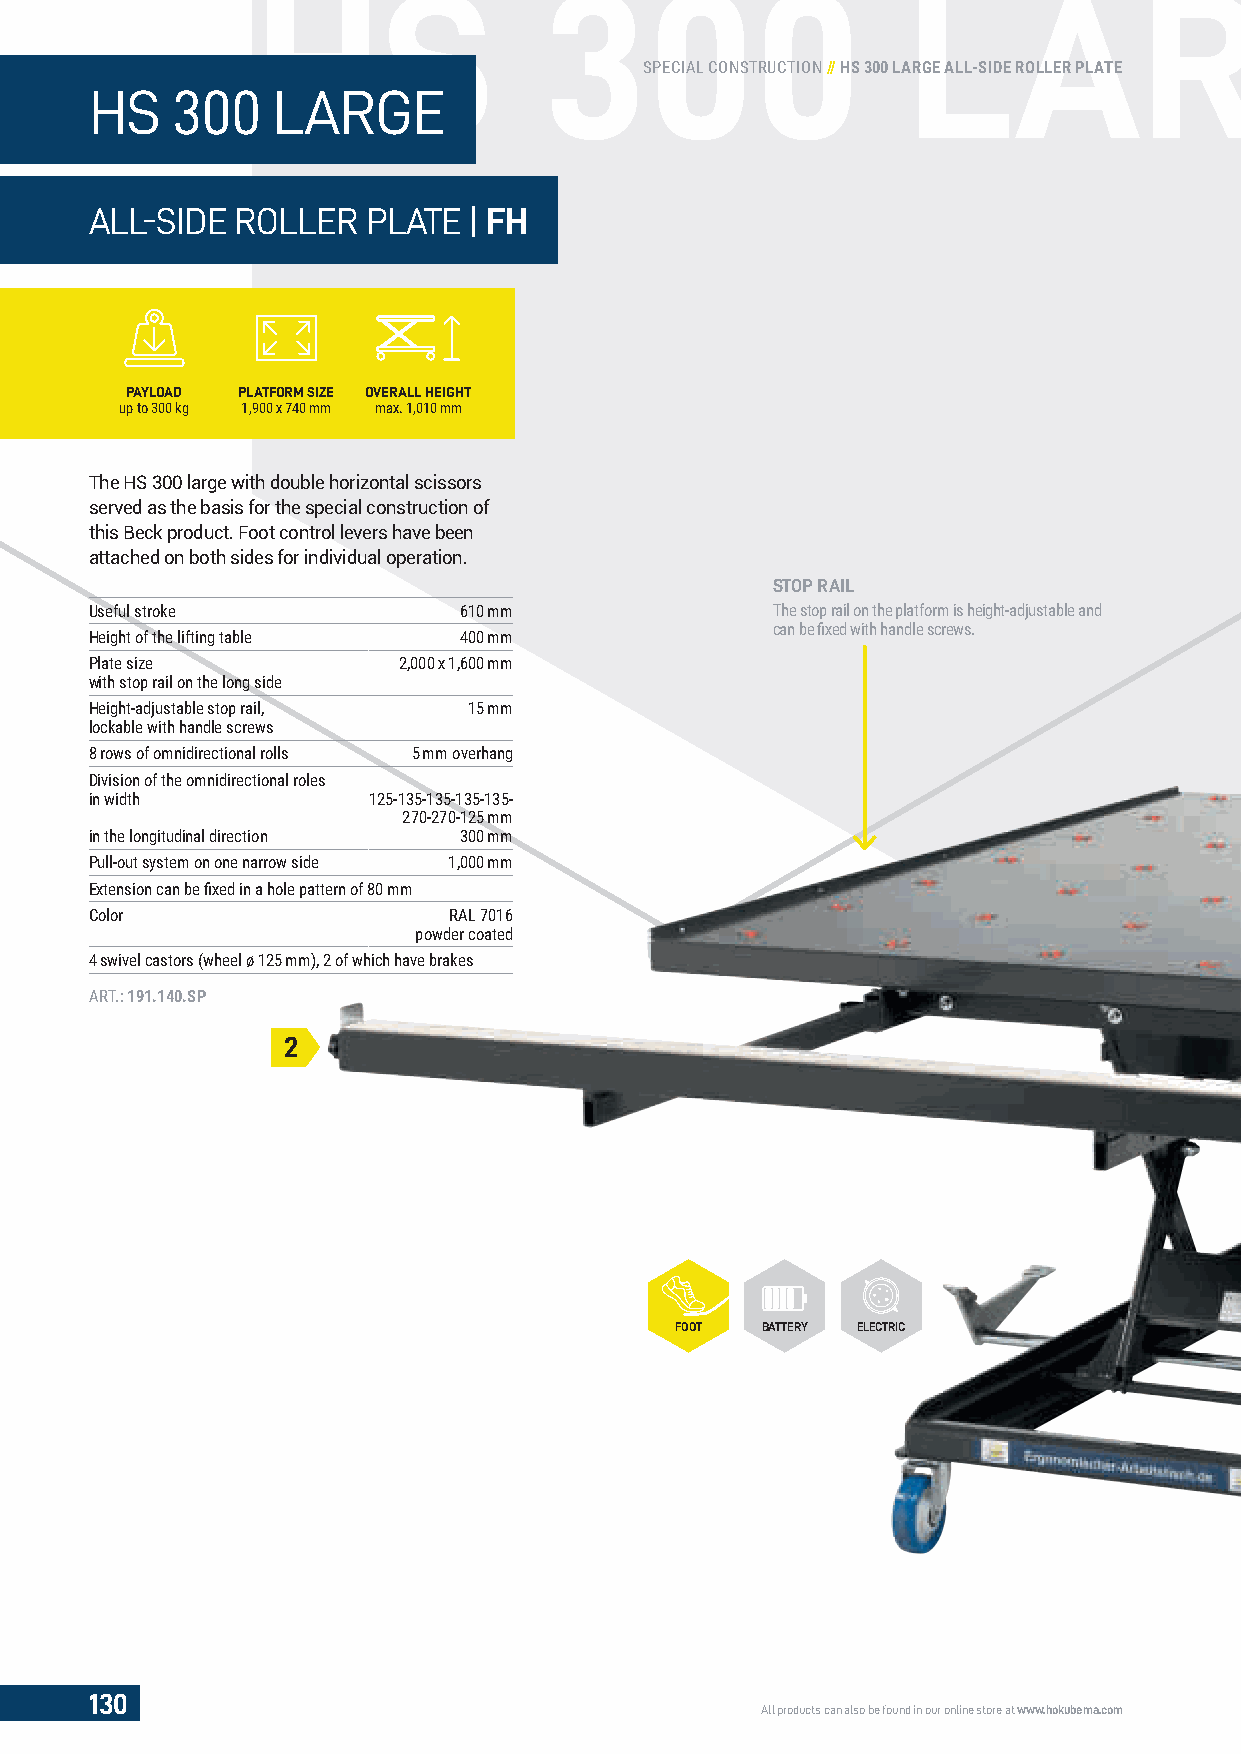
HS                 300                     LARG
 SPECIAL CONSTRUCTION // HS 300 LARGE ALL-SIDE ROLLER PLATE
 HS   300    LARGE
 ALL-SIDE  ROLLER  PLATE  | FH
 PAYLOAD PLATFORM SIZE OVERALL HEIGHT
 up to 300 kg 1,900 x 740 mm max. 1,010 mm
 The HS 300 large with double horizontal scissors
 served as the basis for the special construction of
 this Beck product. Foot control levers have been
 attached on both sides for individual operation.
 STOP RAIL
 Useful stroke           610 mm               The stop rail on the platform is height-adjustable and
 can be fi xed with handle screws.
 Height of the lifting table 400 mm
 Plate size          2,000 x 1,600 mm
 with stop rail on the long side
 Height-adjustable stop rail, 15 mm
 lockable with handle screws
 8 rows of omnidirectional rolls 5 mm overhang
 Division of the omnidirectional roles
 in width          125-135-135-135-135-
 270-270-125 mm
 in the longitudinal direction 300 mm
 Pull-out system on one narrow side 1,000 mm
 Extension can be fi xed in a hole pattern of 80 mm
 Color                   RAL 7016
 powder coated
 4 swivel castors (wheel ø 125 mm), 2 of which have brakes
 ART.: 191.140.SP
 2
 FOOT BATTERY ELECTRIC
 130
 All products can also be found in our online store at www.hokubema.com